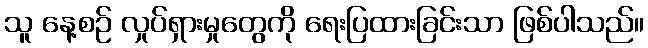
သူ နေ့စဉ် လှုပ်ရှားမှုတွေကို ရေးပြထားခြင်းသာ ဖြစ်ပါသည်။